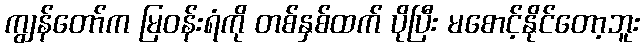
ကျွန်တော်က မြဝန်းရံကို တစ်နှစ်ထက် ပိုပြီး မစောင့်နိုင်တော့ဘူး